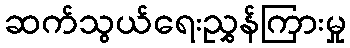
ဆက်သွယ်ရေးညွှန်ကြားမှု